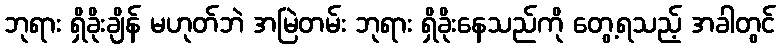
ဘုရား ရှိခိုးချိန် မဟုတ်ဘဲ အမြဲတမ်း ဘုရား ရှိခိုးနေသည်ကို တွေ့ရသည့် အခါတွင်